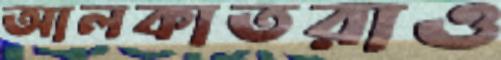
আলকাতরাও